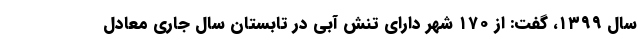
سال ۱۳۹۹، گفت: از ۱۷۰ شهر دارای تنش آبی در تابستان سال جاری معادل